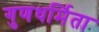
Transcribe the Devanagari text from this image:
गुणधर्मिता